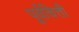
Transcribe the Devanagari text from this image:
पूर्वचित्ती